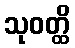
သုဝတ္ထိ